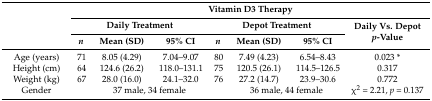
<table><thead><tr><td rowspan="3"></td><td colspan="7"><b>Vitamin D3 Therapy</b></td></tr><tr><td colspan="3"><b>Daily Treatment</b></td><td colspan="3"><b>Depot Treatment</b></td><td rowspan="2"><b>Daily Vs. Depot <i>p</i>-Value</b></td></tr><tr><td><b><i>n</i></b></td><td><b>Mean (SD)</b></td><td><b>95% CI</b></td><td><b><i>n</i></b></td><td><b>Mean (SD)</b></td><td><b>95% CI</b></td></tr></thead><tbody><tr><td>Age (years)</td><td>71</td><td>8.05 (4.29)</td><td>7.04–9.07</td><td>80</td><td>7.49 (4.23)</td><td>6.54–8.43</td><td>0.023 *</td></tr><tr><td>Height (cm)</td><td>64</td><td>124.6 (26.2)</td><td>118.0–131.1</td><td>75</td><td>120.5 (26.1)</td><td>114.5–126.5</td><td>0.317</td></tr><tr><td>Weight (kg)</td><td>67</td><td>28.0 (16.0)</td><td>24.1–32.0</td><td>76</td><td>27.2 (14.7)</td><td>23.9–30.6</td><td>0.772</td></tr><tr><td>Gender</td><td></td><td colspan="2">37 male, 34 female</td><td></td><td colspan="2">36 male, 44 female</td><td>χ<sup>2</sup> = 2.21, <i>p</i> = 0.137</td></tr></tbody></table>